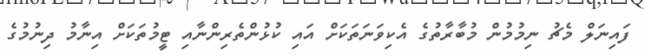
ފައިނަލް މެޗު ނިމުމުން މުބާރާތުގެ އެކިވަނަތަކަށް އައި ކުޅުންތެރިންނާއި ޓީމުތަކަށް އިނާމު ދިނުމުގެ